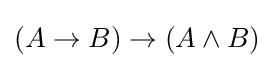
(A\to B)\to (A\land B)